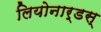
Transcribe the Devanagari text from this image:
लियोनार्डस्